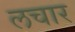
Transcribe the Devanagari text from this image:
लचार